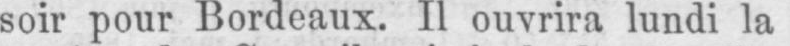
soir pour Bordeaux. Il ouvrira lundi la